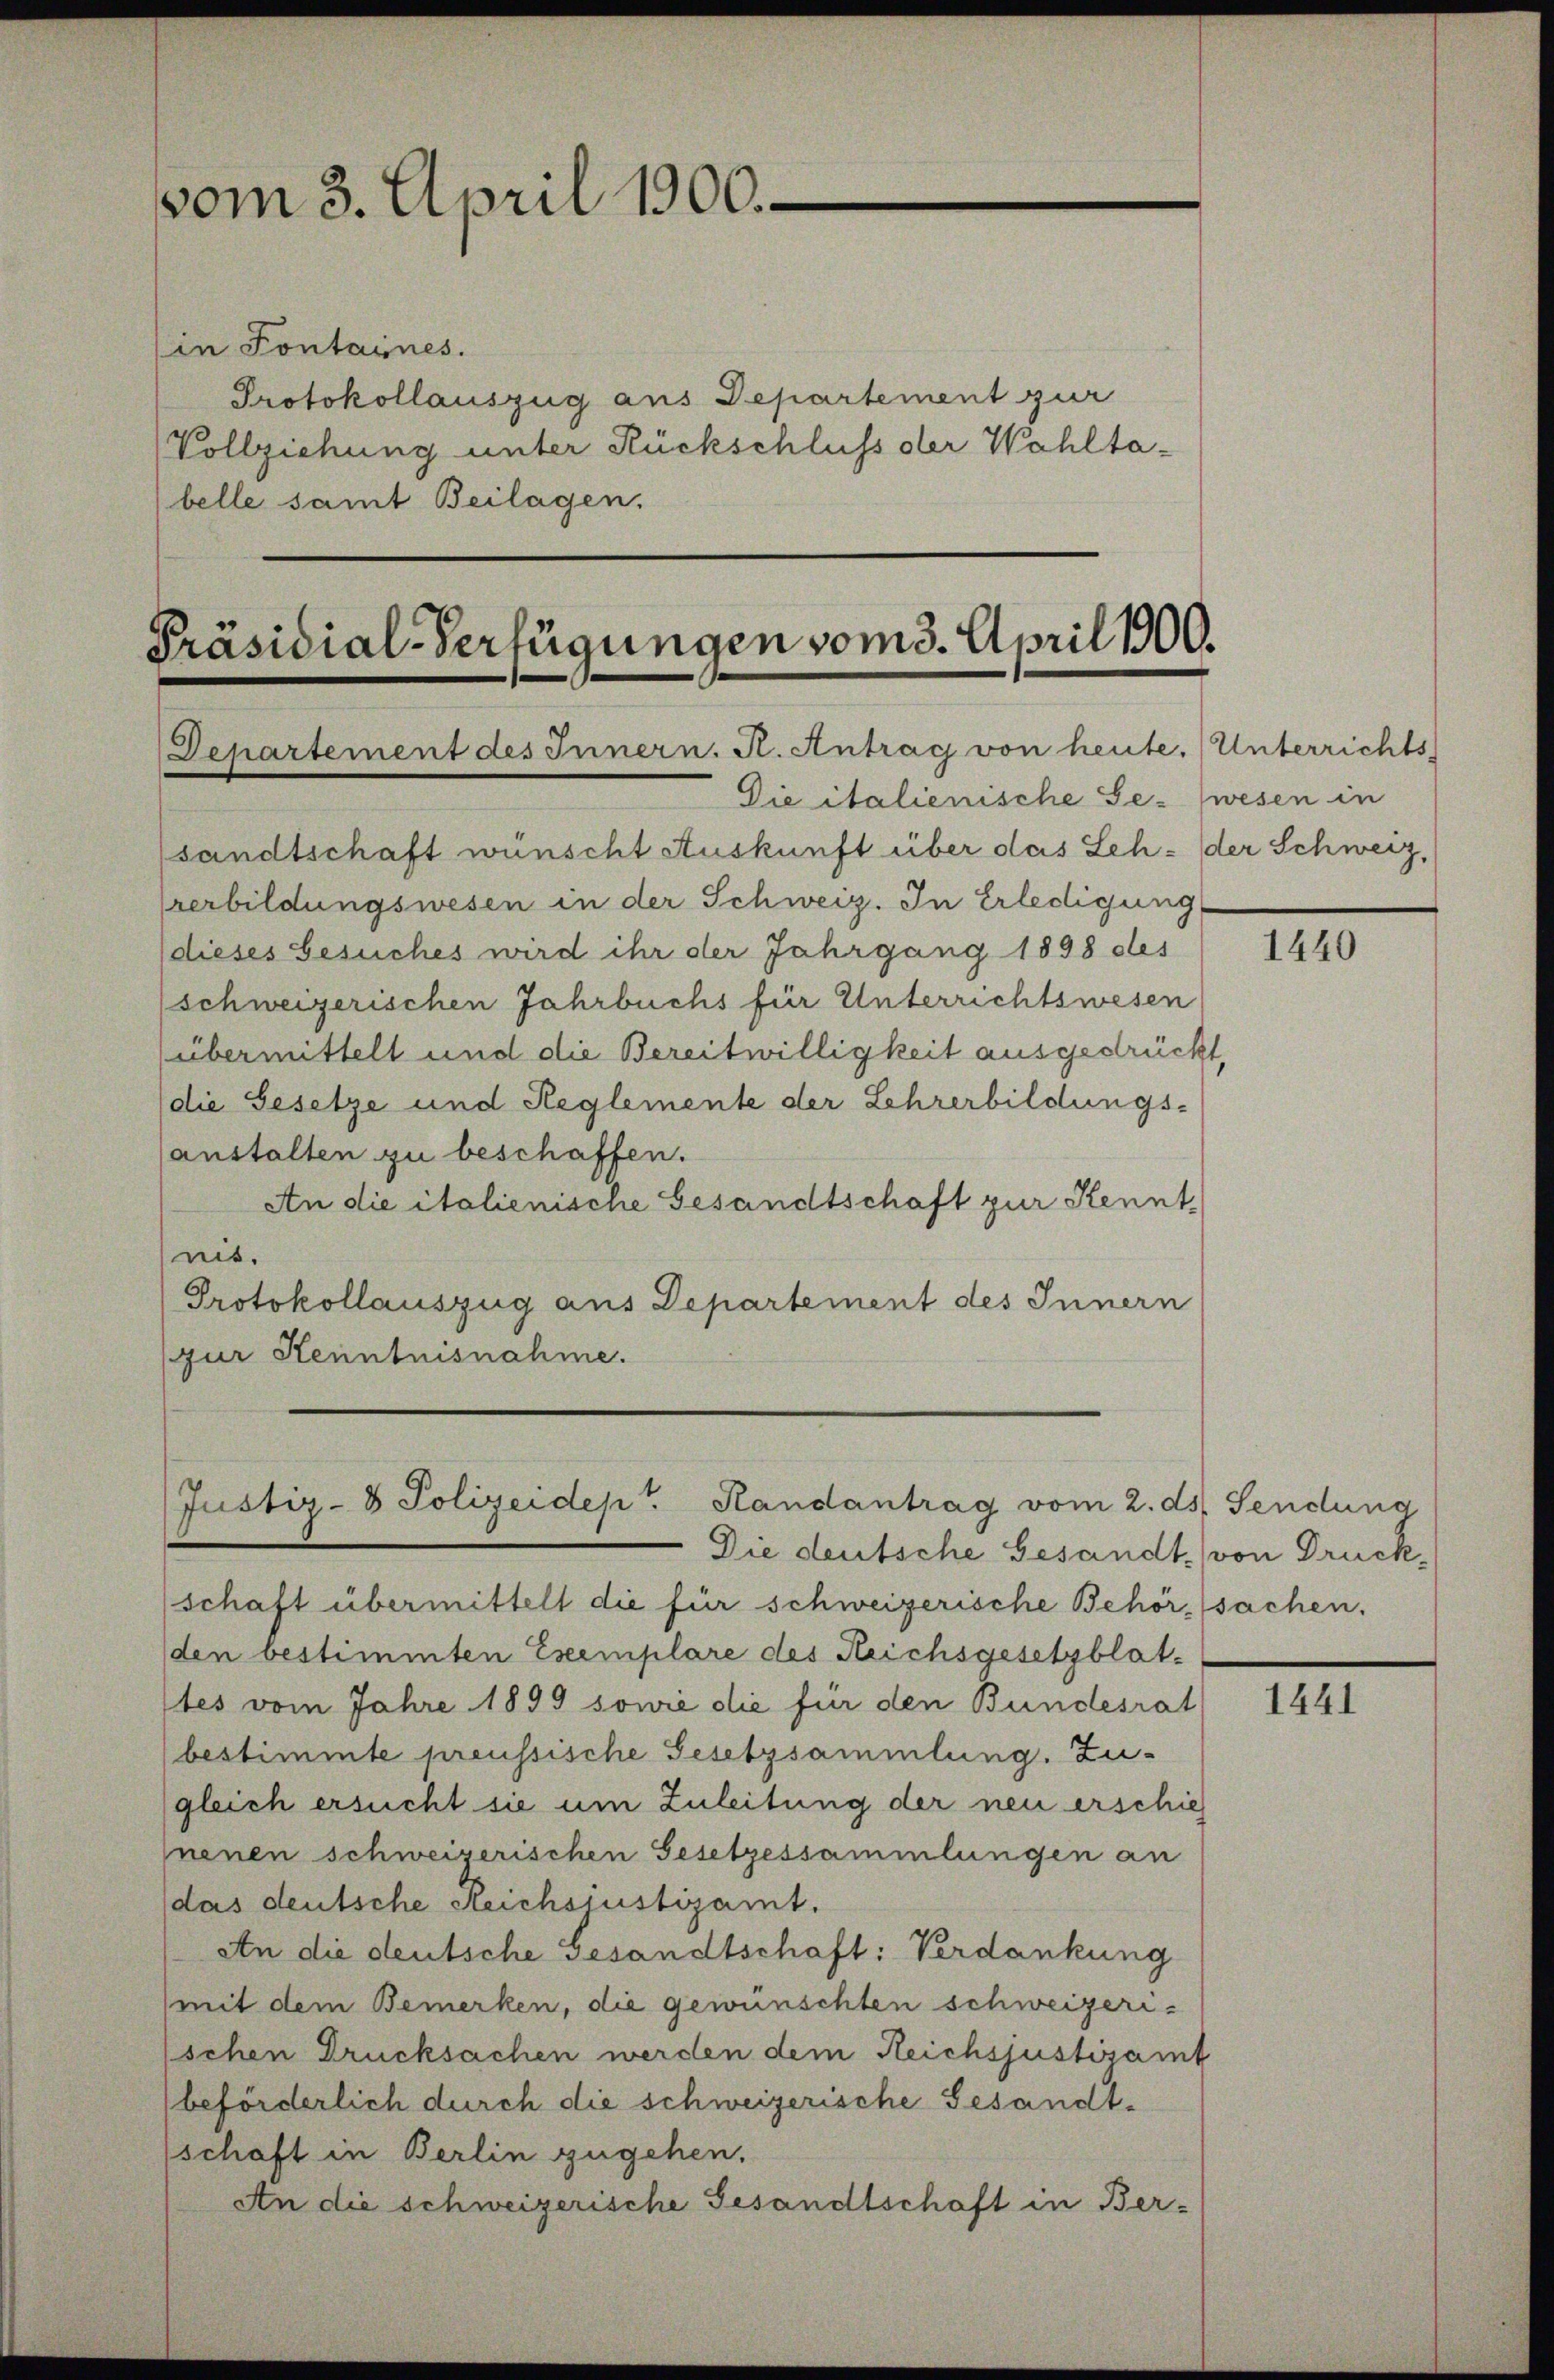
vom 3. April 1900.

(in Fontaines.
Protokollauszug aus Departement zur
Vollziehung unter Rückschluss der Wahltabelle samt Beilagen.

Präsidial-Verfügungen vom 3. April 1900.
Departement des Innern. A. Antrag von heute. (Unterrichts

Die italienische Ge- (wesen in
sandtschaft wünscht Auskunft über das Seh: der Schweiz,
Verbildungswesen in der Schweiz. In Erledigung
(dieses Gesuches wird ihr der Jahrgang 1898 des
schweizerischen Jahrbuchs für Unterrichtswesen
übermittelt und die Bereitwilligkeit ausgedrückt
die Gesetze und Reglemente der Lehrerbildungs-
anstalten zu beschaffen.
An die italienische Gesandtschaft zur Kenntnit.
Protokollauszug aus Departement des Innern
(zur Kenntnisnahme.
Justiz- & Polizeidept. Randantrag vom 2. ds. Sendung
Die deutsche Gesandt von Druckschaft übermittelt die für schweizerische Behörsachen.
den bestimmten Exemplare des Reichsgesetzblat-
1tes vom Jahre 1899 sowie die für den Bundesrat
bestimmte preussische Gesetzsammlung. Zu-
gleich ersucht sie um Zuleitung der neu erschieh
nenen schweiserischen Gesetzessammlungen an
(das deutsche Reichsiustizamt.
An die deutsche Gesandtschaft: Verdankung
(mit dem Bemerken, die gewünschten schweizerischen Drucksachen werden dem Reichsjustizamt
beförderlich durch die schweizerische Gesandtschaft in Berlin zugehen.
An die schweizerische Gesandtschaft in Ber-

1440

1441